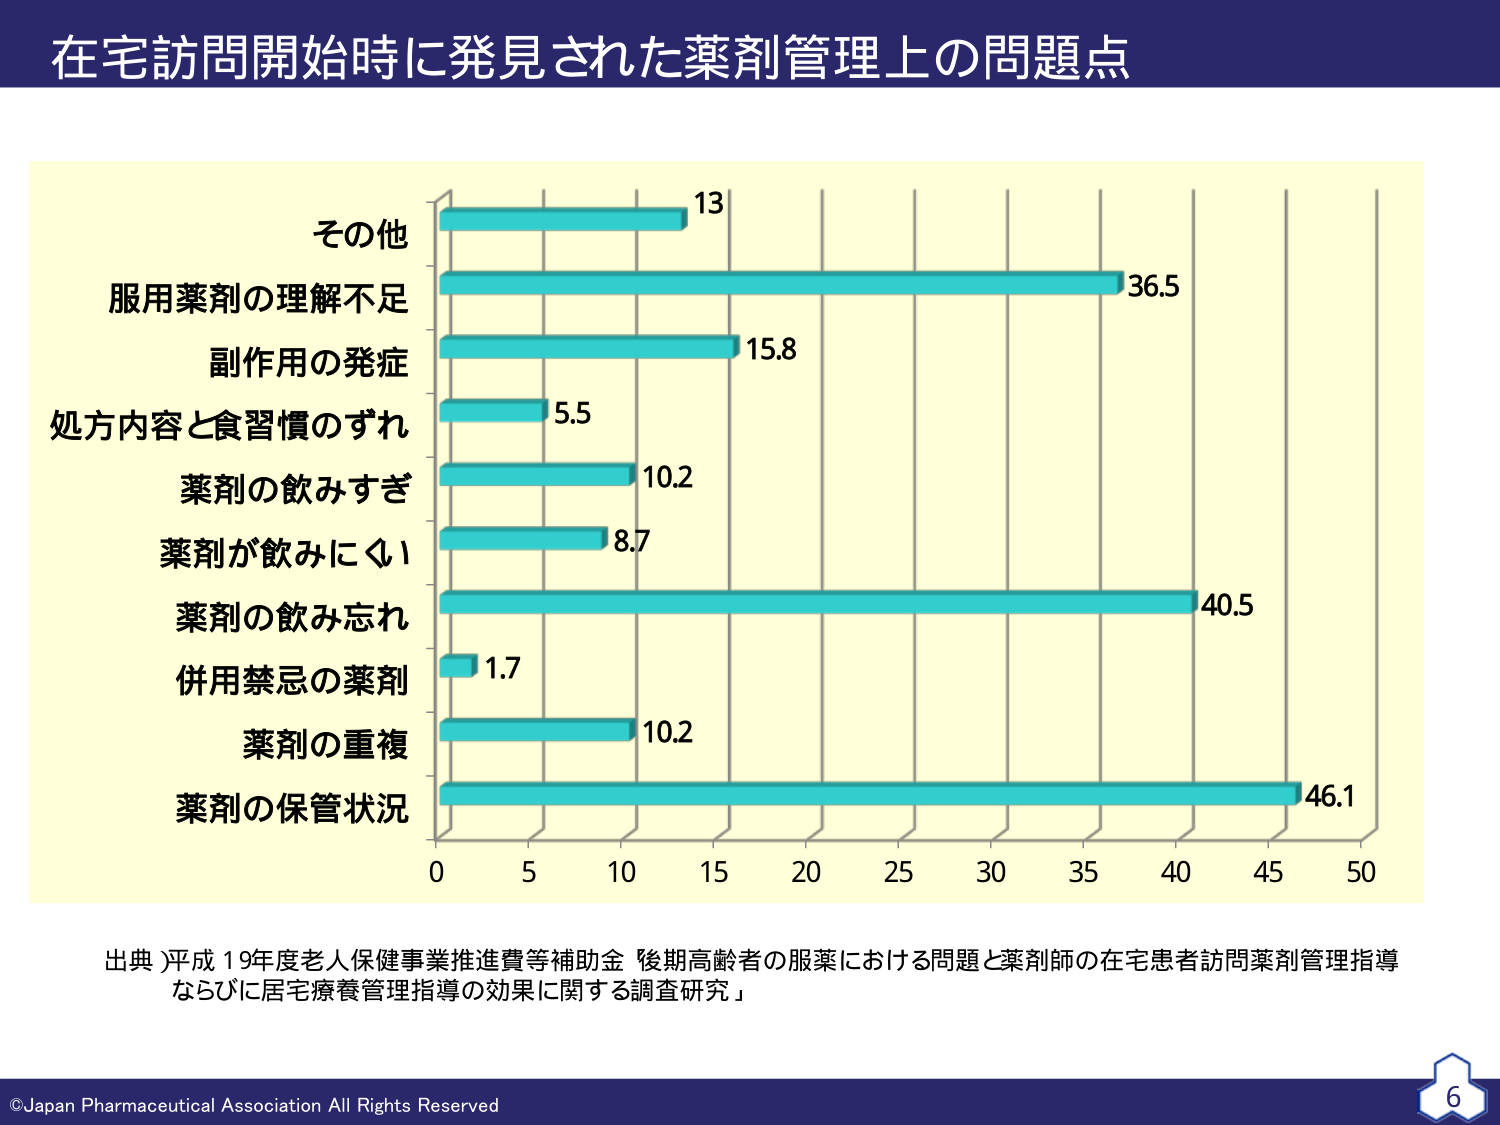
在宅訪問開始時に発見された薬剤管理上の問題点

その他 13
服用薬剤の理解不足 36.5
副作用の発症 15.8
処方内容と食習慣のずれ 5.5
薬剤の飲みすぎ 10.2
薬剤が飲みにくい 8.7
薬剤の飲み忘れ 40.5
併用禁忌の薬剤 1.7
薬剤の重複 10.2
薬剤の保管状況 46.1

出典：平成19年度老人保健事業推進費等補助金「後期高齢者の服薬における問題と薬剤師の在宅患者訪問薬剤管理指導ならびに居宅療養管理指導の効果に関する調査研究」

©Japan Pharmaceutical Association All Rights Reserved
6